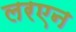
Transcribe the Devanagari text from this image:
लरएन